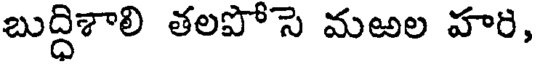
బుద్ధిశాలి తలపోసె మఱల హరి,